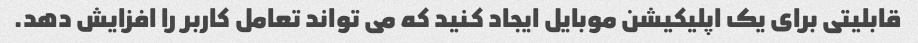
قابلیتی برای یک اپلیکیشن موبایل ایجاد کنید که می تواند تعامل کاربر را افزایش دهد.